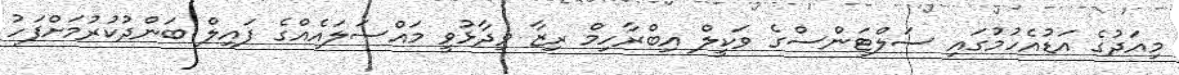
މިއަދުގެ އަޑުއެހުމުގައި ސަލްޓަންސްގެ ވަކީލް އިބްރާހިމް ރިޒާ ވިދާޅުވީ މައްސަލައެއްގެ ފައިލް ބަންދުކުރުމަށްފަހު